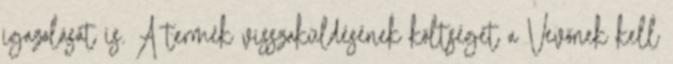
igazolását is. A termék visszaküldésének költségét a Vevőnek kell